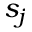
s _ { j }